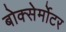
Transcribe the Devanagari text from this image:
बोक्सेर्मोटर